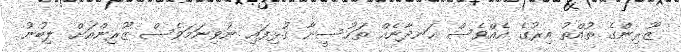
ޒޫރިންގެ ތުއްތު އިރުގެ އެއްވެސް ހަނދާނެއް ތަހުސީނާ ގުޅިފައި ނުވިނަމަވެސް ޒޫރިންއަށް ލިބުނު